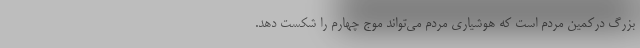
بزرگ درکمین مردم است که هوشیاری مردم می‌تواند موج چهارم را شکست دهد.